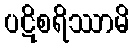
ပဋိစရိဿာမိ